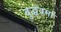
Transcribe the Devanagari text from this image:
बुद्धवर्मा